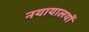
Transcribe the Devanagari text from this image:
नयायालयों